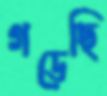
গড়েছি